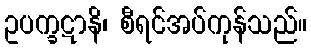
ဥပက္ခဋာနိ၊ စီရင်အပ်ကုန်သည်။